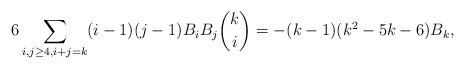
\begin{align*} 6\sum_{i,j\ge 4, i+j=k} (i-1)(j-1) B_iB_j\binom{k}{i}=- (k-1)(k^2-5k-6) B_k,\end{align*}